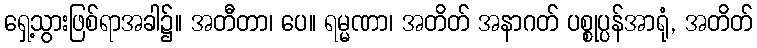
ရှေ့သွားဖြစ်ရာအခါ၌။ အတီတာ၊ ပေ။ ရမ္မဏာ၊ အတိတ် အနာဂတ် ပစ္စုပ္ပန်အာရုံ, အတိတ်